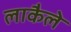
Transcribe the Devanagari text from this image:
लाकैले